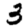
Digit: 3